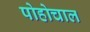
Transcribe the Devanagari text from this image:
पोहोचाल